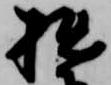
拙